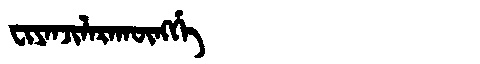
Manchu: ᠸᡳᠶᠠᠨᠵᡳᠯᠠᡵᠠᡴᡡᠩᡤᡝ
Romanization: FIYANJILARAKŪNGGE